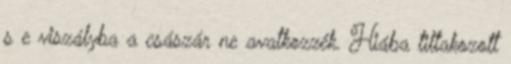
s e viszályba a császár ne avatkozzék. Hiába tiltakozott